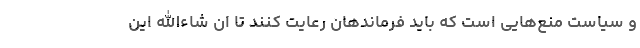
و سیاست منع‌هایی است که باید فرماندهان رعایت کنند تا ان شاءالله این